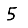
Digit: 5